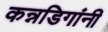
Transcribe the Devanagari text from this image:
कन्नडिगांनी